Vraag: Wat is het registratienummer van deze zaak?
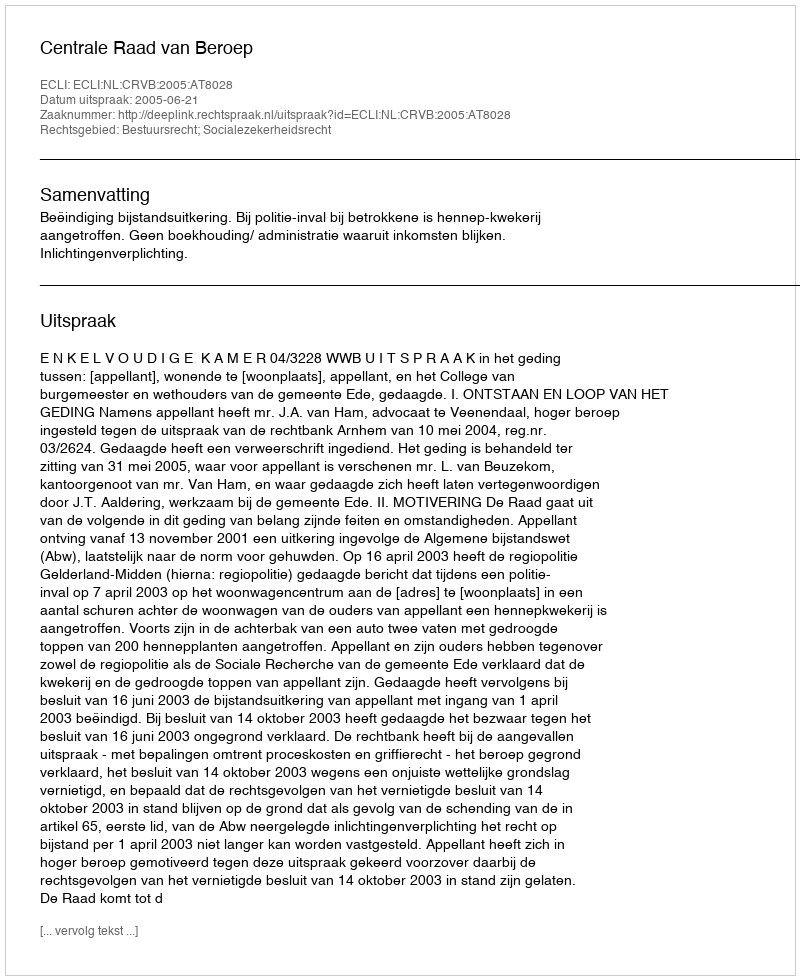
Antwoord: http://deeplink.rechtspraak.nl/uitspraak?id=ECLI:NL:CRVB:2005:AT8028